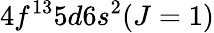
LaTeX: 4f^{13}5d6s^{2}(J=1)